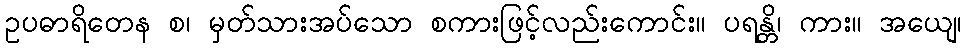
ဥပဓာရိတေန စ၊ မှတ်သားအပ်သော စကားဖြင့်လည်းကောင်း။ ပရန္တိ၊ ကား။ အယျေ၊